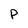
Character: P